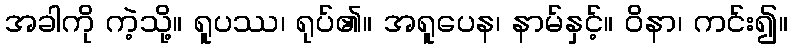
အခါကို ကဲ့သို့။ ရူပဿ၊ ရုပ်၏။ အရူပေန၊ နာမ်နှင့်။ ဝိနာ၊ ကင်း၍။